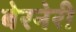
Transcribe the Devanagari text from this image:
बेरनेरी